Bombay plague: being a history of the progress of plague in the Bombay presidency from September 1896 to June 1899
Year: 1896
Disease focus: Plague
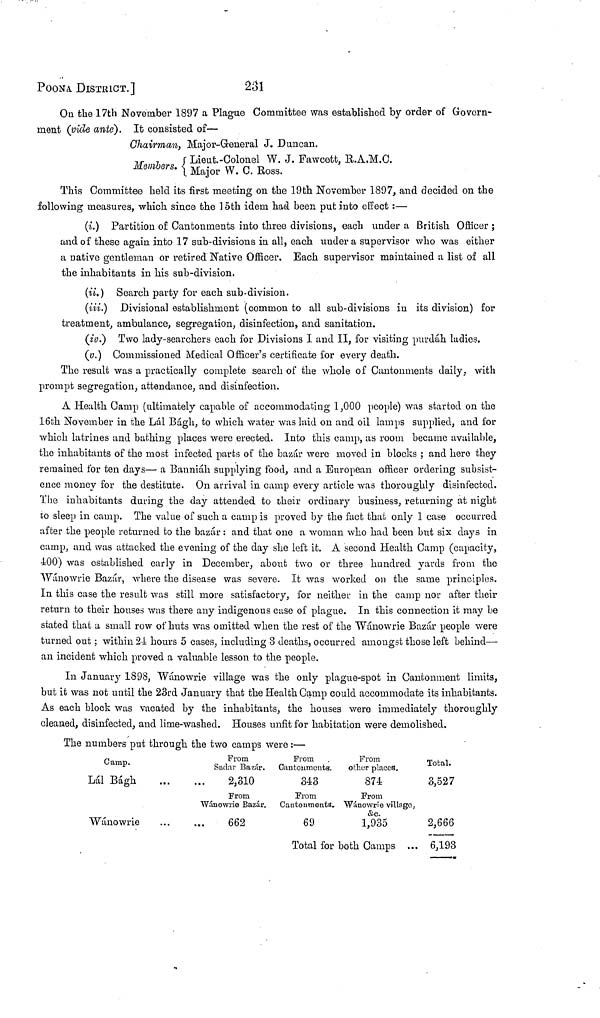
POONA DISTRICT.]
231
On the 17th November 1897 a Plague Committee was established by order of Govern-
ment (vide ante). It consisted of—
Chairman, Major-Greneral J. Duncan.
Members Lieut.-Colonel W. J. Fawcett, R.A.M.C.
Manjor w.c.Ross.
This Committee held its first meeting on the 19th November 1897, and decided on the
following measures, which, since the 15th idem had been put into effect :—
(ί.) Partition of Cantonments into three divisions, each under a British Officer ;
and of these again into 17 sub-divisions in all, each under a supervisor who was either
a native gentleman or retired Native Officer. Each supervisor maintained a list of all
the inhabitants in his sub-division.
(ii.) Search party for each sub-division.
(iii.) Divisional establishment (common to all sub-divisions in its division) for
treatment, ambulance, segregation, disinfection, and sanitation.
(iv.) Two lady-searchers each for Divisions I and II, for visiting purdah ladies,
(v.) Commissioned Medical Officer's certificate for every death.
The result was a practically complete search of the whole of Cantonments daily, with
prompt segregation, attendance, and disinfection.
A Health Camp (ultimately capable of accommodating 1,000 people) was started on the
16th November in the Lál Bágh, to which water was laid on and oil lamps supplied, and for
which latrines and bathing places were erected. Into this camp, as room became available,
the inhabitants of the most infected parts of the bazar were moved in blocks ; and hero they
remained for ten days— a Banniáh supplying food, and a European officer ordering subsist-
ence money for the destitute. On arrival in camp every article was thoroughly disinfected.
The inhabitants during the day attended to their ordinary business, returning at night
to sleep in camp. The value of such a camp is proved by the fact that only I case occurred
after the people returned to the bazar : and that one a woman who had been but six days in
camp, and was attacked the evening of the day she left it. A second Health Camp (capacity,
400) was established early in December, about two or three hundred yards from the
Wánowrie Bazár, where the disease was severe. It was worked on the same principles.
In this case the result was still more satisfactory, for neither in the camp nor after their
return to their houses was there any indigenous case of plague. In this connection it may be
stated that a small row of huts was omitted when the rest of the Wánowrie Bazár people were
turned out ; within 24 hours 5 cases, including 8 deaths, occurred amongst those left behind—
an incident which proved a valuable lesson to the people.
In January 1898, Wánowrie village was the only plague-spot in Cantonment limits,
but it was not until the 23rd January that the Health Camp could accommodate its inhabitants.
As each block was vacated by the inhabitants, the houses were immediately thoroughly
cleaned, disinfected, and lime-washed. Houses unfit for habitation were demolished.
The numbers put through the two camps were :—
Camp.
Lál Bágh ...
Wánowrie ...
From
Saciar Bazár.
... 2,310
From
Wánowrie Bazár.
... 662
From
Cantonments.
343
From
Cantonments.
69
From
other places.
874
From
Wánowrie village,
&c.
1,935
Total for both Camps ...
Total.
3,527
2,666
6,193